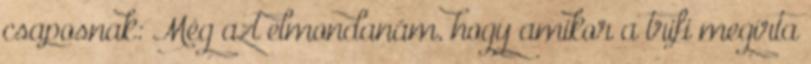
csaposnak: Még azt elmondanám, hogy amikor a trifi megírta